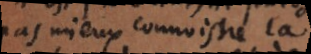
pas mieux connoistre la